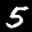
Label: 5